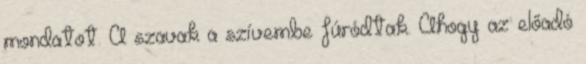
mondatot. A szavak a szívembe fúródtak. Ahogy az előadó